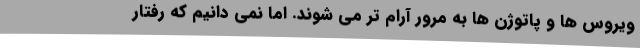
ویروس ها و پاتوژن ها به مرور آرام تر می شوند. اما نمی دانیم که رفتار